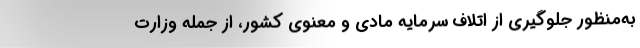
به‌منظور جلوگیری از اتلاف سرمایه مادی و معنوی کشور، از جمله وزارت